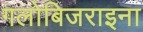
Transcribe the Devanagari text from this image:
गलोबिजराइना